Report on vaccination in Madras 1922-1929 - 1922-1929
Year: 1922
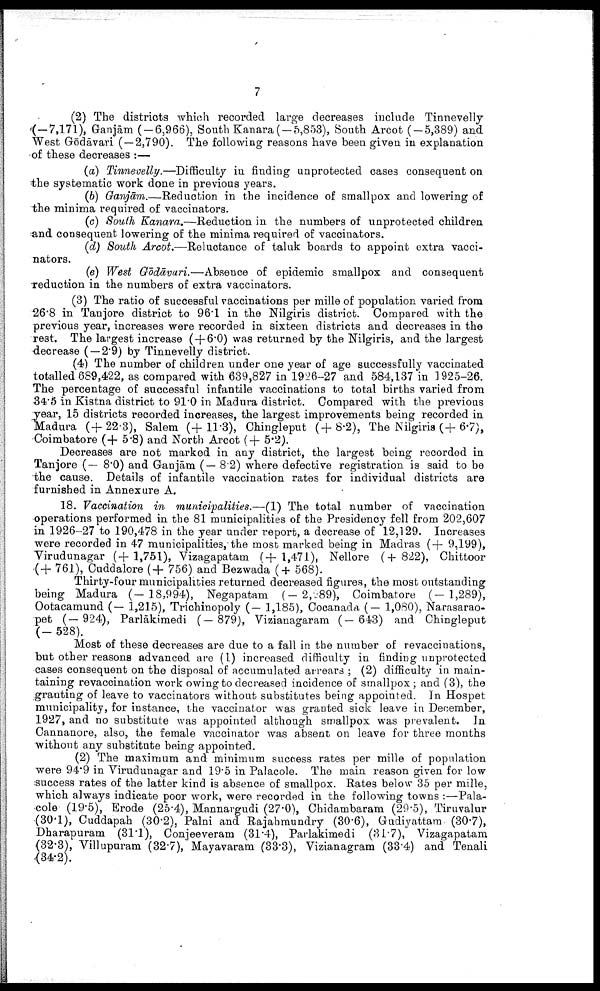
7
(2) The districts which recorded large decreases include Tinnevelly
(-7,171), Ganjām (-6,966), South Kanara (-5,853), South Arcot (-5,389) and
West Gōdāvari (-2,790). The following reasons have been given in explanation
of these decreases :—
(a) Tinnevelly.—Difficulty in finding unprotected cases consequent on
the systematic work done in previous years.
(b) Ganjām.—Reduction in the incidence of smallpox and lowering of
the minima required of vaccinators.
(c) South Kanara.—Reduction in the numbers of unprotected children
and consequent lowering of the minima required of vaccinators.
(d) South Arcot,—Reluctance of taluk boards to appoint extra vacci
nators.
(e) West Gōdāvari.—Absence of epidemic smallpox and consequent
reduction in the numbers of extra vaccinators.
(3) The ratio of successful vaccinations per mille of population varied from
26.8 in Tanjore district to 96.1 in the Nilgiris district. Compared with the
previous year, increases were recorded in sixteen districts and decreases in the
rest. The largest increase ( + 6.0) was returned by the Nilgiris, and the largest
decrease ( —2.9) by Tinnevelly district.
(4) The number of children under one year of age successfully vaccinated
totalled 689,422, as compared with 639,827 in 1926-27 and 584,137 in 1925-26.
The percentage of successful infantile vaccinations to total births varied from
34.5 in Kistna district to 91.0 in Madura district. Compared with the previous
year, 15 districts recorded increases, the largest improvements being recorded in
Madura (+22.3), Salem (+ 11.3), Chingleput (+8.2), The Nilgiris (+6.7),
Coimbatore (+ 5.8) and North Arcot ( + 5.2).
Decreases are not marked in any district, the largest being recorded in
Tanjore (— 8.0) and Ganjām (— 8.2) where defective registration is said to be
the cause. Details of infantile vaccination rates for individual districts are
furnished in Annexure A.
18. Vaccination in municipalities.—(1) The total number of vaccination
operations performed in the 81 municipalities of the Presidency fell from 202,607
in 1926-27 to 190,478 in the year under report, a decrease of 12,129. Increases
were recorded in 47 municipalities, the most marked being in Madras ( + 9,199),
Virudunagar (+1,751), Vizagapatam (+1,471), Nellore (+822), Chittoor
( + 761), Cuddalore (+ 756) and Bezwada (+ 568).
Thirty-four municipalities returned decreased figures, the most outstanding
being Madura (-18,994), Negapatam (-2,289), Coimbatore (-1,289),
Ootacamund (— 1,215), Trichinopoly (— 1,185), Cocanada (— 1,080), Narasarao¬
pet (—924), Parlākimedi (—879), Vizianagaram (—643) and Chingleput
(-528).
Most of these decreases are due to a fall in the number of revaccinations,
but other reasons advanced are (1) increased difficulty in finding unprotected
cases consequent on the disposal of accumulated arrears ; (2) difficulty in main
taining revaccination work owing to decreased incidence of smallpox ; and (3), the
granting of leave to vaccinators without substitutes being appointed. In Hospet
municipality, for instance, the vaccinator was granted sick leave in December,
1927, and no substitute was appointed although smallpox was prevalent. In
Cannanore, also, the female vaccinator was absent on leave for three months
without any substitute being appointed.
(2) The maximum and minimum success rates per mille of population
were 94.9 in Virudunagar and 19.5 in Palacole. The main reason given for low
success rates of the latter kind is absence of smallpox. Rates below 35 per mille,
which always indicate poor work, were recorded in the following towns :—Pala
cole (19.5), Erode (25.4), Mannargudi (27.0), Chidambaram (29.5), Tiruvalur
(30.1), Cuddapah (30.2), Palni and Rajabmundry (30.6), Gudiyattam (30.7),
Dharapuram (31.1), Conjeeveram (31.4), Parlakimedi (31.7), Vizagapatam
(32.3), Villupuram (32.7), Mayavaram (33.3), Vizianagram (33.4) and Tenali
(34.2).